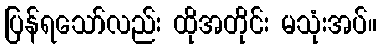
ပြန်ရသော်လည်း ထိုအတိုင်း မသုံးအပ်။